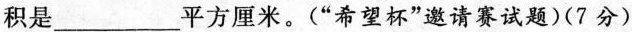
积是___平方厘米。(”希望杯”邀请赛试题)(7分)